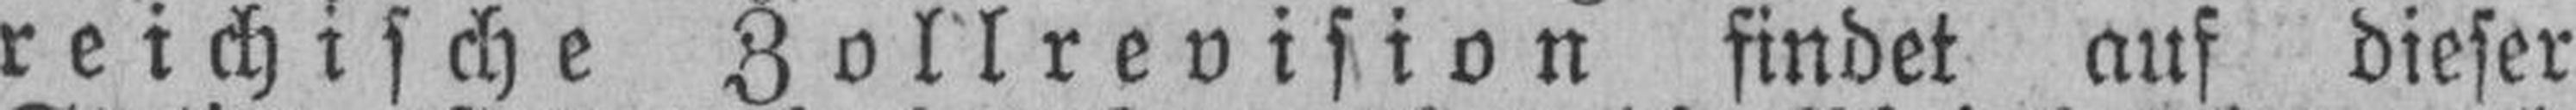
reichische Zollrevision findet auf dieser